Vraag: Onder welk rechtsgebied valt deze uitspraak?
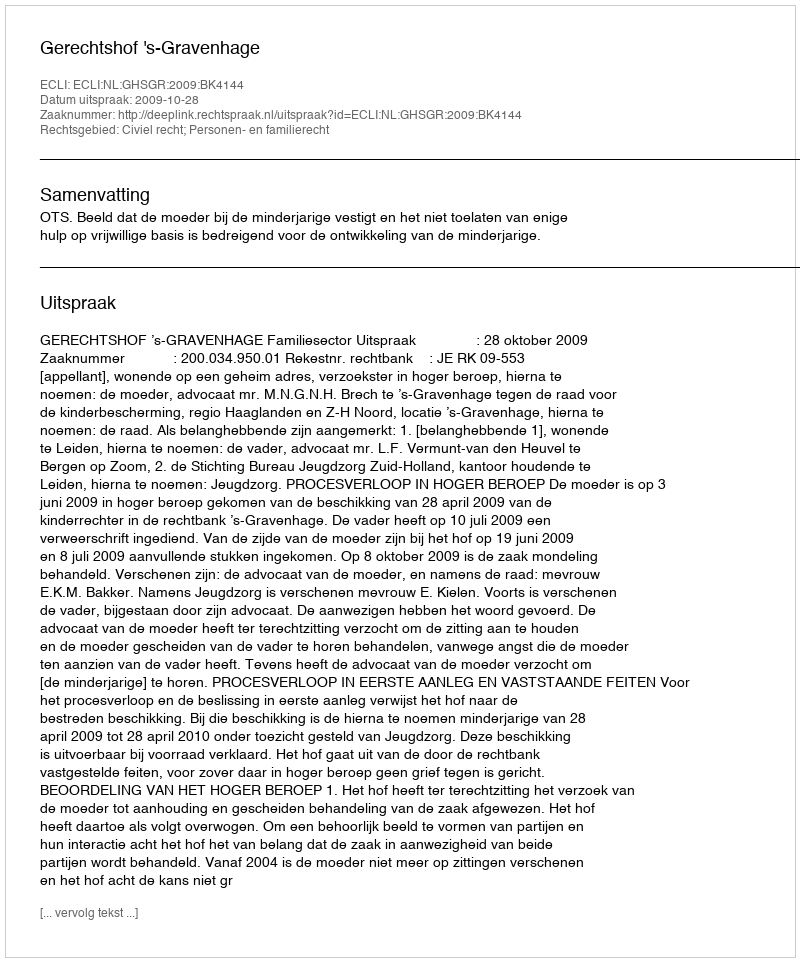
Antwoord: Civiel recht; Personen- en familierecht